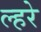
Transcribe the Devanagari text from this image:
ल्हरे